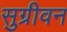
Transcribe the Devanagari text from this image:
सुग्रीवन